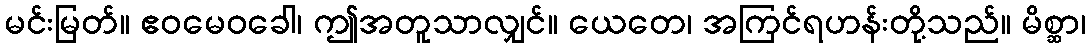
မင်းမြတ်။ ဧဝမေဝခေါ၊ ဤအတူသာလျှင်။ ယေတေ၊ အကြင်ရဟန်းတို့သည်။ မိစ္ဆာ၊